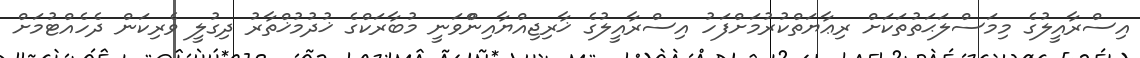
އިސްރާއީލުގެ މިމަސްލަޙަތުތަކަށް ރިޢާޔަތްކުރުމަށްފަހު އިސްރާއީލުގެ ޚާރިޖިއްޔާއިންްވަނީ މުބާރަކްގެ ޚުދުމުޚްތާރު ދިގުލީ ވެރިކަން ދެހެއްޓުމަށް